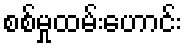
စစ်မှုထမ်းဟောင်း